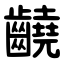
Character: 䶧